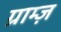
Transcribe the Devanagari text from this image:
ग्राम्ज़